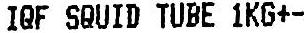
IQF SQUID TUBE 1KG+-